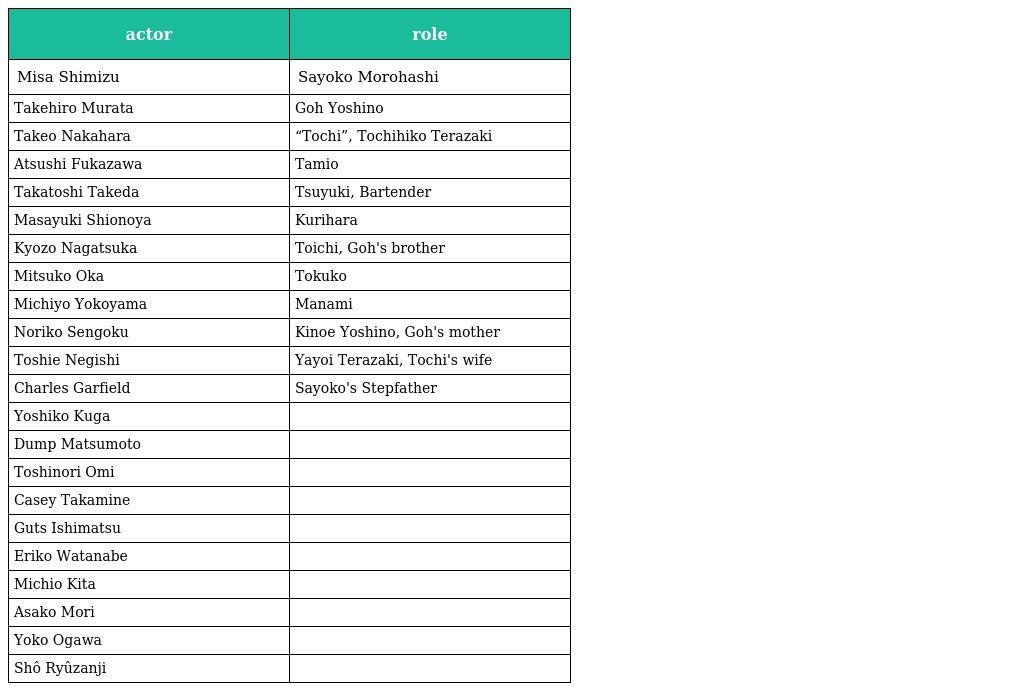
| actor | role |
 | --- | --- |
 | Misa Shimizu | Sayoko Morohashi |
 | Takehiro Murata | Goh Yoshino |
 | Takeo Nakahara | “Tochi”, Tochihiko Terazaki |
 | Atsushi Fukazawa | Tamio |
 | Takatoshi Takeda | Tsuyuki, Bartender |
 | Masayuki Shionoya | Kurihara |
 | Kyozo Nagatsuka | Toichi, Goh's brother |
 | Mitsuko Oka | Tokuko |
 | Michiyo Yokoyama | Manami |
 | Noriko Sengoku | Kinoe Yoshino, Goh's mother |
 | Toshie Negishi | Yayoi Terazaki, Tochi's wife |
 | Charles Garfield | Sayoko's Stepfather |
 | Yoshiko Kuga |  |
 | Dump Matsumoto |  |
 | Toshinori Omi |  |
 | Casey Takamine |  |
 | Guts Ishimatsu |  |
 | Eriko Watanabe |  |
 | Michio Kita |  |
 | Asako Mori |  |
 | Yoko Ogawa |  |
 | Shô Ryûzanji |  |